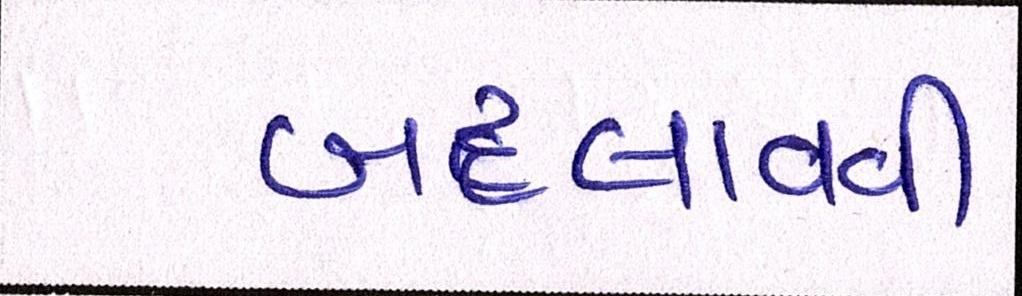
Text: બદલાવવી